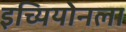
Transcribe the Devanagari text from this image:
इच्यियोनला